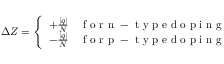
\Delta Z = \left\{ \begin{array} { l l } { + \frac { | q | } { N } } & { \mathrm { ~ f ~ o ~ r ~ n ~ - ~ t ~ y ~ p ~ e ~ d ~ o ~ p ~ i ~ n ~ g ~ } } \\ { - \frac { | q | } { N } } & { \mathrm { ~ f ~ o ~ r ~ p ~ - ~ t ~ y ~ p ~ e ~ d ~ o ~ p ~ i ~ n ~ g ~ } } \end{array} \right.